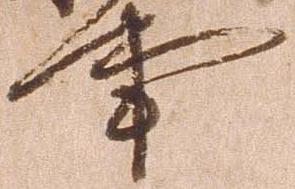
事